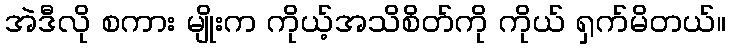
အဲဒီလို စကား မျိုးက ကိုယ့်အသိစိတ်ကို ကိုယ် ရှက်မိတယ်။